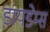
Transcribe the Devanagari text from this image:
डायडेम्स